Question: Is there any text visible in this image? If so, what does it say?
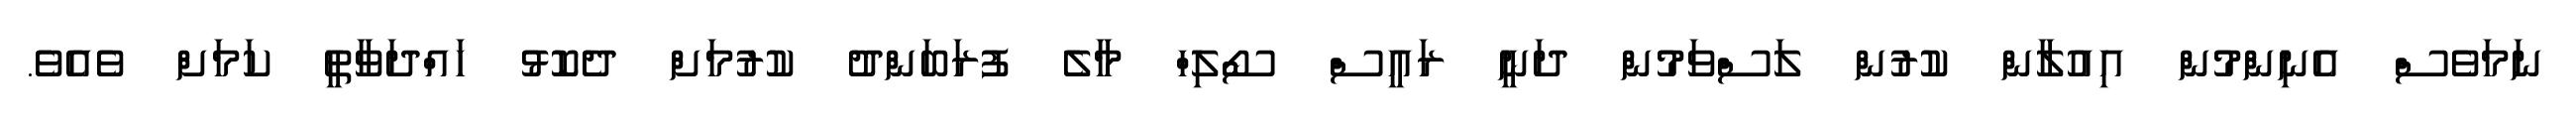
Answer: ނަމަވެސް އެނިންމުން އިއުލާން ކުރުން ލަސްވަމުން ދަނީ ރައީސް ސޯލިހް މާލެ ފުރަބަންދު ކުރުމަށް ދެކޮޅު ހައްދަވާތީ ކަމަށް ވެއެވެ.